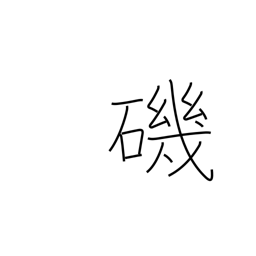
Meaning: beach